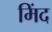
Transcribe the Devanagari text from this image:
मिंद